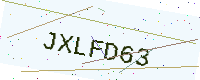
Text: JXLFD63